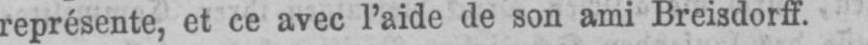
représente, et ce avec l’aide de son ami Breisdorff.